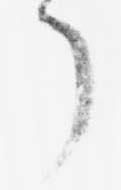
了